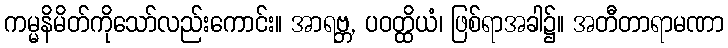
ကမ္မနိမိတ်ကိုသော်လည်းကောင်း။ အာရဗ္ဘ, ပဝတ္ထိယံ၊ ဖြစ်ရာအခါ၌။ အတီတာရာမဏာ